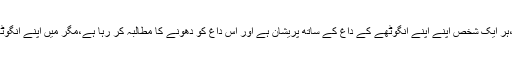
عملی طور پر اعتماد کی فضا نظر نہیں آتی،ہر ایک شخص اپنے اپنے انگوٹھے کے داغ کے ساتھ پریشان ہے اور اِس داغ کو دھونے کا مطالبہ کر رہا ہے،مگر مَیں اپنے انگوٹھے کے داغ کو دھونے کا ارادہ نہیں رکھتا۔